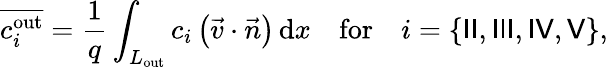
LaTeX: \overline{{c_{i}^{\textrm{out}}}}=\frac{1}{q}\int_{L_{\textrm{out}}}c_{i}\left(\vec{v}\cdot\vec{n}\right)\, {\textrm{d}}x\quad\textrm{for}\quad i=\{ {\sf II},{\sf III},{\sf IV},{\sf V}\} ,